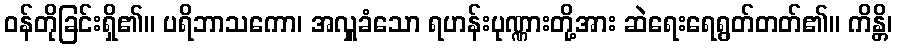
ဝန်တိုခြင်းရှိ၏။ ပရိဘာသကော၊ အလှူခံသော ရဟန်းပုဏ္ဏားတို့အား ဆဲရေးရေရွတ်တတ်၏။ ကိန္တိ၊